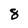
Character: 8